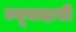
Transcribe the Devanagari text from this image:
ज्यूवादाची